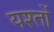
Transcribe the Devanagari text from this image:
यश्तों